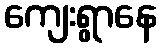
ကျေးရွာနေ